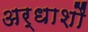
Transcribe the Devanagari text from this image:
अर्धाशौं